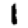
Digit: 1